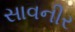
સાવનીર